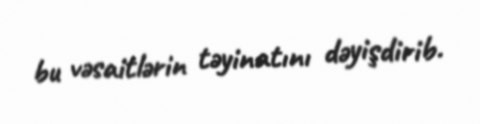
bu vəsaitlərin təyinatını dəyişdirib.